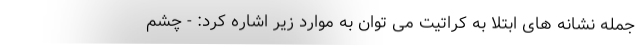
جمله نشانه های ابتلا به کراتیت می توان به موارد زیر اشاره کرد: - چشم